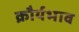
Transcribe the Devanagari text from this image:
क्रौर्यभाव